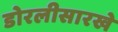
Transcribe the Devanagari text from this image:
डोरलीसारखे